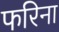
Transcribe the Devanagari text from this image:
फरिना